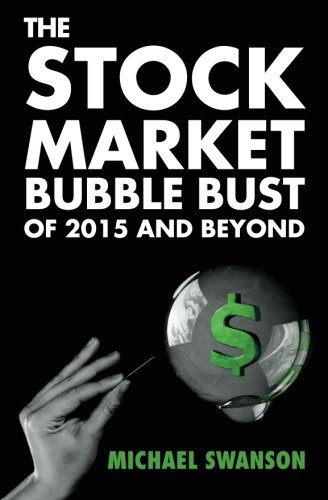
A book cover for The Stock Market Bubble Bust Of 2015 And Beyond; Michael Swanson; Business & Money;